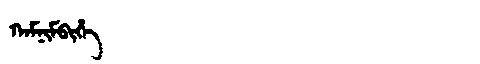
Manchu: ᡴᠠᠮᠨᡳᠮᠪᡳᡥᡝ
Romanization: KAMNIMBIHE